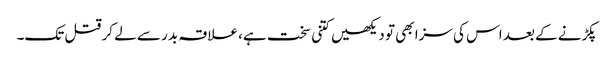
پکڑنے کے بعد اس کی سزا بھی تو دیکھیں کتنی سخت ہے، علاقہ بدر سے لے کر قتل تک۔